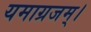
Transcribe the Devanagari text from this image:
यमाग्रजम्।